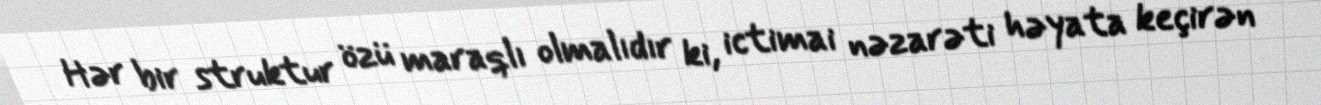
Hər bir struktur özü maraqlı olmalıdır ki, ictimai nəzarəti həyata keçirən